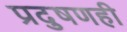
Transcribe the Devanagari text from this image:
प्रदुषणही